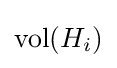
\operatorname {vol} (H_{i})